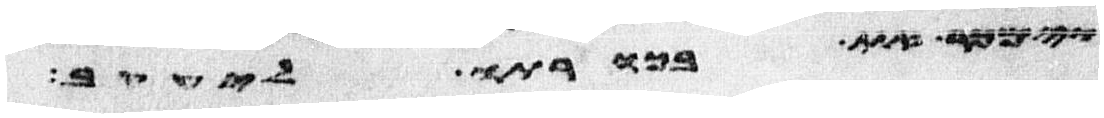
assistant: וימכר את בכורתו ליעקב